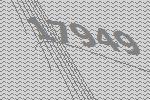
17949